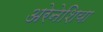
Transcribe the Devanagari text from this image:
अरेनेशिया